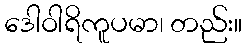
ဒေါဝါရိကူပမာ၊ တည်း။